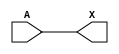
/*
 * Copyright 2020 The SkyWater PDK Authors
 *
 * Licensed under the Apache License, Version 2.0 (the "License");
 * you may not use this file except in compliance with the License.
 * You may obtain a copy of the License at
 *
 *     https://www.apache.org/licenses/LICENSE-2.0
 *
 * Unless required by applicable law or agreed to in writing, software
 * distributed under the License is distributed on an "AS IS" BASIS,
 * WITHOUT WARRANTIES OR CONDITIONS OF ANY KIND, either express or implied.
 * See the License for the specific language governing permissions and
 * limitations under the License.
 *
 * SPDX-License-Identifier: Apache-2.0
*/


`ifndef SKY130_FD_SC_HD__CLKDLYBUF4S50_FUNCTIONAL_V
`define SKY130_FD_SC_HD__CLKDLYBUF4S50_FUNCTIONAL_V

/**
 * clkdlybuf4s50: Clock Delay Buffer 4-stage 0.59um length inner stage
 *                gates.
 *
 * Verilog simulation functional model.
 */

`timescale 1ns / 1ps
`default_nettype none

`celldefine
module sky130_fd_sc_hd__clkdlybuf4s50 (
    X,
    A
);

    // Module ports
    output X;
    input  A;

    // Local signals
    wire buf0_out_X;

    //  Name  Output      Other arguments
    buf buf0 (buf0_out_X, A              );
    buf buf1 (X         , buf0_out_X     );

endmodule
`endcelldefine

`default_nettype wire
`endif  // SKY130_FD_SC_HD__CLKDLYBUF4S50_FUNCTIONAL_V